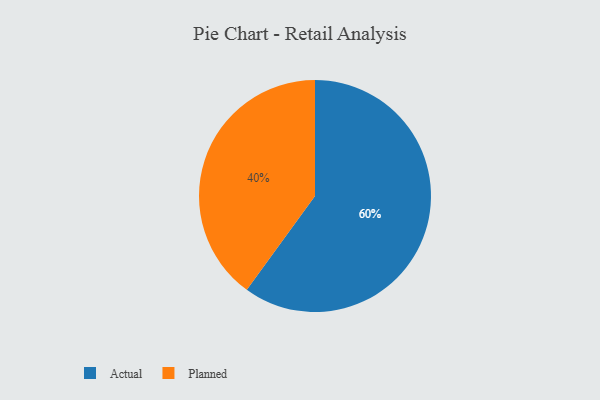
{"axis": {"x": "Category", "y": "Percentage"}, "legend": ["Actual", "Planned"], "data": [{"x": "Planned", "y": 40, "type": "Planned"}, {"x": "Actual", "y": 60, "type": "Actual"}]}